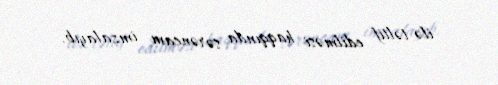
ilə təltif edilməsi haqqında sərəncam imzalayıb.